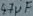
Text: 47µF